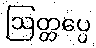
ဩတ္တပ္ပေ